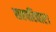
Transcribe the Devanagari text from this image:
सहपरिवार।